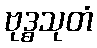
ဗုဒ္ဓသုတံ